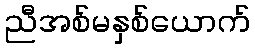
ညီအစ်မနှစ်ယောက်